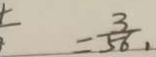
= \frac { 3 } { 5 6 } ,